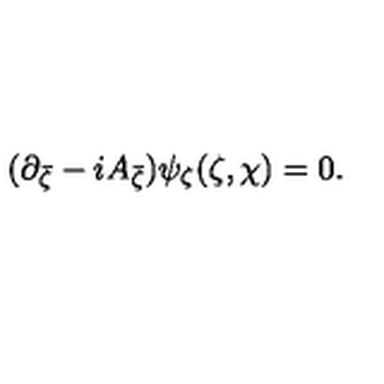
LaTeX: ( \partial _ { \bar { \zeta } } - i A _ { \bar { \zeta } } ) \psi _ { \zeta } ( \zeta , \chi ) = 0 .